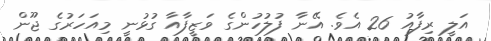
އަލީ ރިފާއު 26 އެވެ. އޭނާ ފުލުހުންގެ ވަޒީފާއާ ގުޅުނީ މިއަހަރުގެ ޖޫން